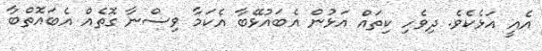
އެއީ އަޅެކެވެ. ދިވެހި ކިތައް އަޅުން އެބައުޅޭބާ އެކަމާ ވިސްނާ ގޮތެއް އެބައޮތްބާ